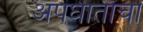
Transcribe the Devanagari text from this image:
अपघाताचा